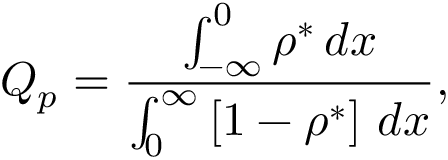
Q _ { p } = \frac { \int _ { - \infty } ^ { 0 } \rho ^ { * } \, d x } { \int _ { 0 } ^ { \infty } \left[ 1 - \rho ^ { * } \right] \, d x } ,